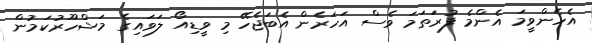
އެހެންވީމަ އެންމެ ފުރަތަމަ ވެސް އަހަރެން އެބަޖެހޭ މި ވީޑިއޯ ލަވައިގެ މަޝްހޫރުކަމުން